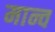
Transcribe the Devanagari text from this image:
मान्व